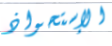
الإستحواذ